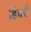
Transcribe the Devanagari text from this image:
हिंदरी